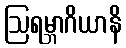
ဩရမ္ဘာဂိယာနိ